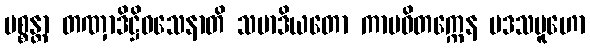
ပစ္စန္တာ တဏှာဒိဋ္ဌိဝသေနာတိ သမာဒိယတော ကာမဝိတက္ကေန ပဒသမူဟော